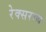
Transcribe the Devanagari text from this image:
रेक्सराथ